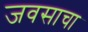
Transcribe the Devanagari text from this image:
जवसाचा